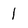
Character: 1